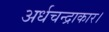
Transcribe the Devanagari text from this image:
अर्धचन्द्राकार।